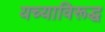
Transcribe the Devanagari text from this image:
यच्याविरूद्ध